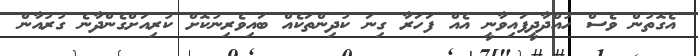
އެގޮތުން ވެސް ހުއްދާދީފައިވާނީ އެއް ފަހަރާ ގިނަ ކުދިންތަކެއް ބައިވެރިނުކޮށް ކުރިއަށްގެންދާނެ ގުރުއާން